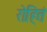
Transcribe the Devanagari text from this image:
रोहितं